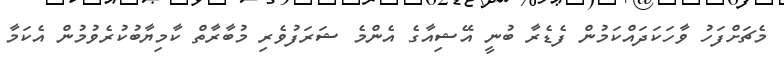
މެޗަށްފަހު ވާހަކަދައްކަމުން ފެޑެރާ ބުނީ އޭޝިއާގެ އެންމެ ޝަރަފުވެރި މުބާރާތް ކާމިޔާބުކުރެވުމުން އެކަމާ